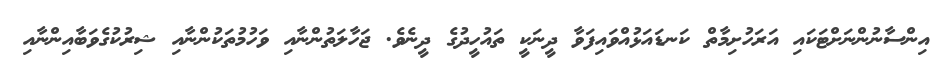
އިންސާނުންނަށްޓަކައި އަރަހުށިމާތް ކަނޑައަޅުއްވައިފަވާ ދީނަކީ ތައުހީދުގެ ދީނެވެ. ޖަހާލަތުންނާއި ވަހުމުތަކުންނާއި ޝިރުކުގެވަބާއިންނާއި